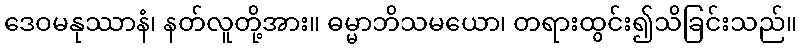
ဒေဝမနုဿာနံ၊ နတ်လူတို့အား။ ဓမ္မာဘိသမယော၊ တရားထွင်း၍သိခြင်းသည်။